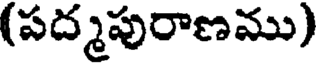
(పద్మపురాణము)